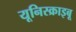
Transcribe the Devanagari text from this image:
यूनिस्क्राइबू